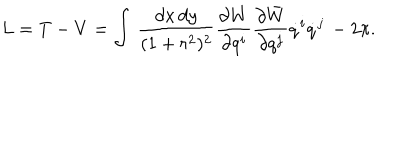
LaTeX: L = T - V = \int \, \frac { d x \, d y } { ( 1 + r ^ { 2 } ) ^ { 2 } } \frac { \partial W } { \partial q ^ { i } } \frac { \partial \bar { W } } { \partial q ^ { j } } \dot { q } ^ { i } \dot { q } ^ { j } \, - 2 \pi .